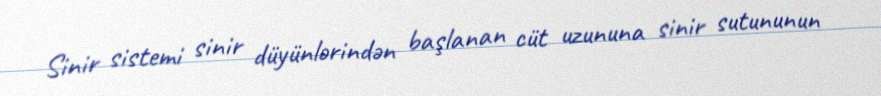
Sinir sistemi sinir düyünlərindən başlanan cüt uzununa sinir sutununun